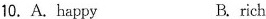
10.A.Happy B. rich